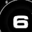
Digit: 6